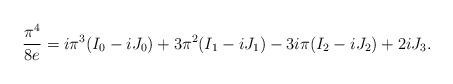
LaTeX: \begin{align*} \frac{\pi^4}{8e}=i\pi^3(I_0-iJ_0)+3\pi^2(I_1-iJ_1)-3i\pi(I_2-iJ_2)+2iJ_3. \end{align*}